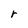
Character: r